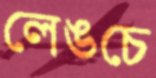
লেঙচে